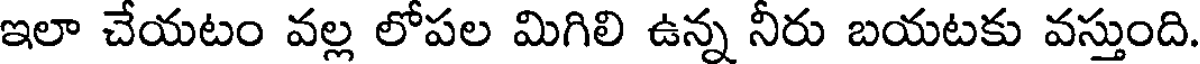
ఇలా చేయటం వల్ల లోపల మిగిలి ఉన్న నీరు బయటకు వస్తుంది